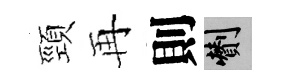
頸再則剪